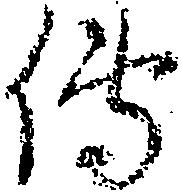
伝